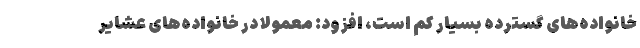
خانواده‌های گسترده بسیار کم است، افزود: معمولا در خانواده‌های عشایر